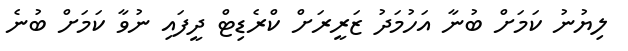
ލިޔުނު ކަމަށް ބުނާ އަހުމަދު ޒަރީރަށް ކްރެޑިޓް ދީފައި ނުވާ ކަމަށް ބުނެ